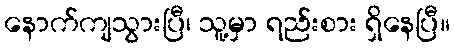
နောက်ကျသွားပြီ၊ သူ့မှာ ရည်းစား ရှိနေပြီ။